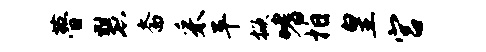
瞢慧斋采平掀嗜拍皇宫